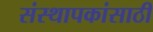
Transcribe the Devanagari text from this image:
संस्थापकांसाठी